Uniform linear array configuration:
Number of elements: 32
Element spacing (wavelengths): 0.25
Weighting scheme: exponential
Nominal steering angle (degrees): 45
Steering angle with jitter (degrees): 44.425
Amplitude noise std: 0.05
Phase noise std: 0.05

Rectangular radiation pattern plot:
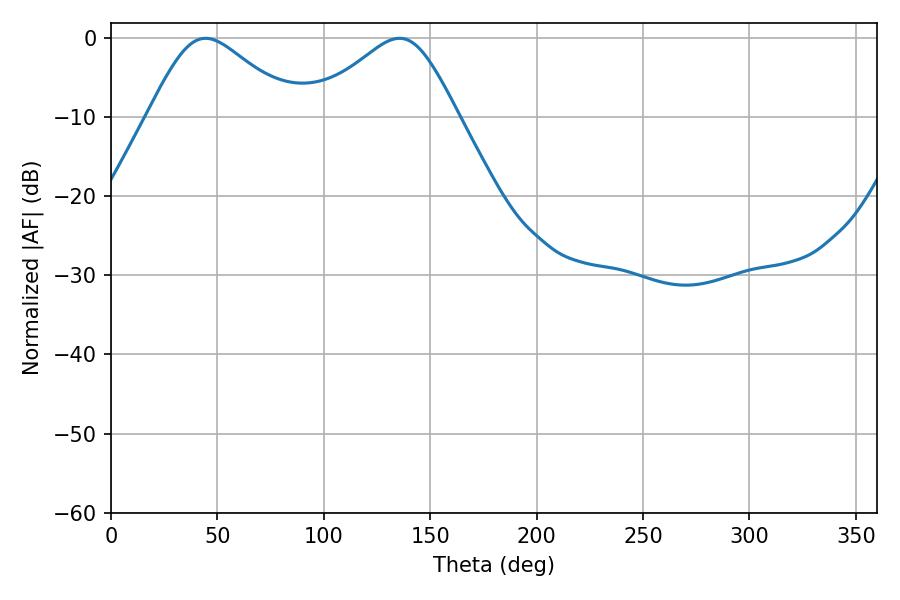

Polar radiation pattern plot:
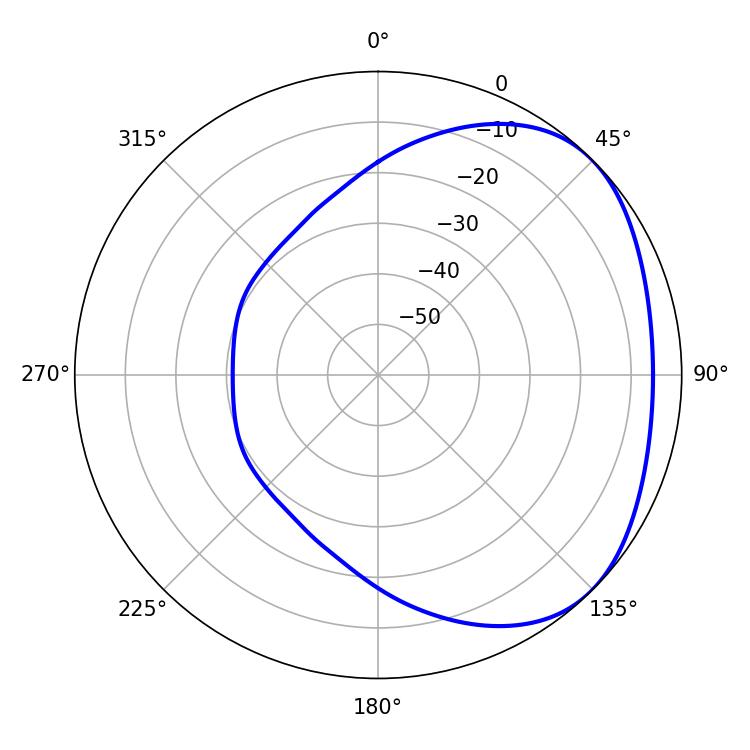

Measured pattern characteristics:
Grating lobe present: FALSE
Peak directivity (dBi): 2.895
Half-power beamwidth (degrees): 34.02
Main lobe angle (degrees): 44.46